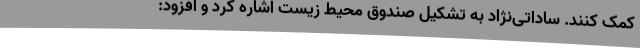
کمک کنند. ساداتی‌نژاد به تشکیل صندوق محیط زیست اشاره کرد و افزود: